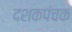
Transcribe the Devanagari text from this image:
दशकपंचक